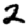
Digit: 2